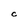
Character: C